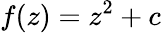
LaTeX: f(z)=z^{2}+c